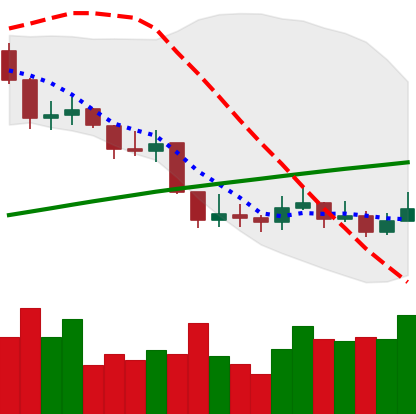
Ticker: LINK-USD
Chart end date: 2019-09-08
Forward return: -13.656%
Label: down_7plus